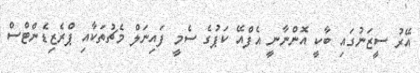
އޭރު ސީޒަނުގައި ބާކީ އޮންނާނީ އެފްއޭ ކަޕުގެ ސެމީ ފައިނަލް މެޗުތަކާއި ޕްރެޒިޑެންޓްސް